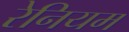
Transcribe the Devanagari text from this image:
रेनियम